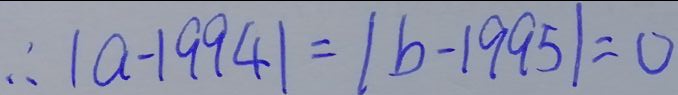
\therefore \vert a - 1 9 9 4 \vert = \vert b - 1 9 9 5 \vert = 0